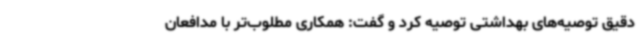
دقیق توصیه‌های بهداشتی توصیه کرد و گفت: همکاری مطلوب‌تر با مدافعان